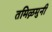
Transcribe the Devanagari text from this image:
तमिऴमुनी